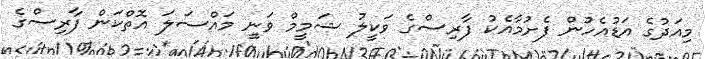
މިއަދުގެ އަޑުއެހުން ފެށުމާއެކު ފާރިސްގެ ވަކީލު ޝަމީމް ވަނީ މައްސަލަ އޮތްކަން ފާރިސްގެ